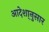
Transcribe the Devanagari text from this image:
आदेशा्नुसार